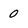
Character: 0